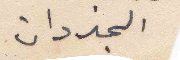
الجزدان